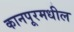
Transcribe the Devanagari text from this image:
कानपूरमधील